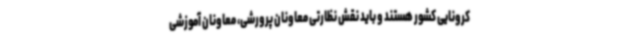
کرونایی کشور هستند و باید نقش نظارتی معاونان پرورشی، معاونان آموزشی